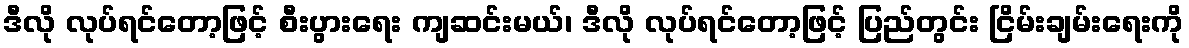
ဒီလို လုပ်ရင်တော့ဖြင့် စီးပွားရေး ကျဆင်းမယ်၊ ဒီလို လုပ်ရင်တော့ဖြင့် ပြည်တွင်း ငြိမ်းချမ်းရေးကို